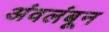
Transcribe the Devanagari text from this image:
अंवलंबून